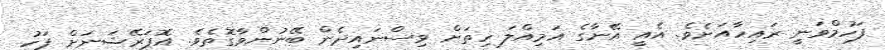
ފަހުމްވަނީ ރައިހާއަށެވެ. އެއީ އޭނާގެ އަމިއްލަ ހިތަށް ވިސްނައިދެން ބޭނުންވާގޮތެވެ. އޮޕަރޭޝަނަށް ފަހު